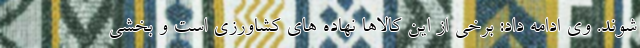
شوند. وی ادامه داد: برخی از این کالاها نهاده های کشاورزی است و بخشی